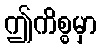
ဤကိစ္စမှာ